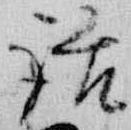
話